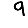
Digit: 9